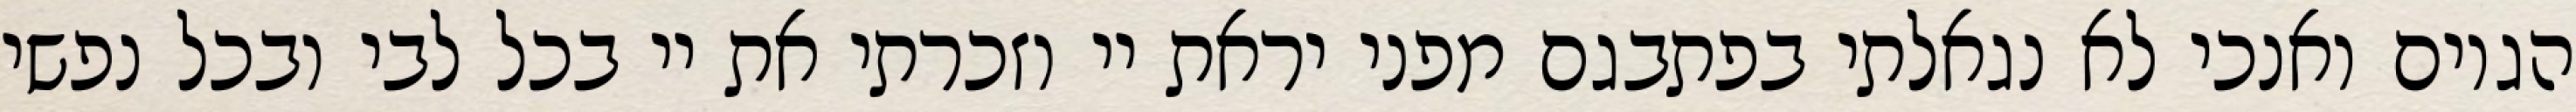
הגוים ואנכי לא נגאלתי בפתבגם מפני יראת יי וזכרתי את יי בכל לבי ובכל נפשי